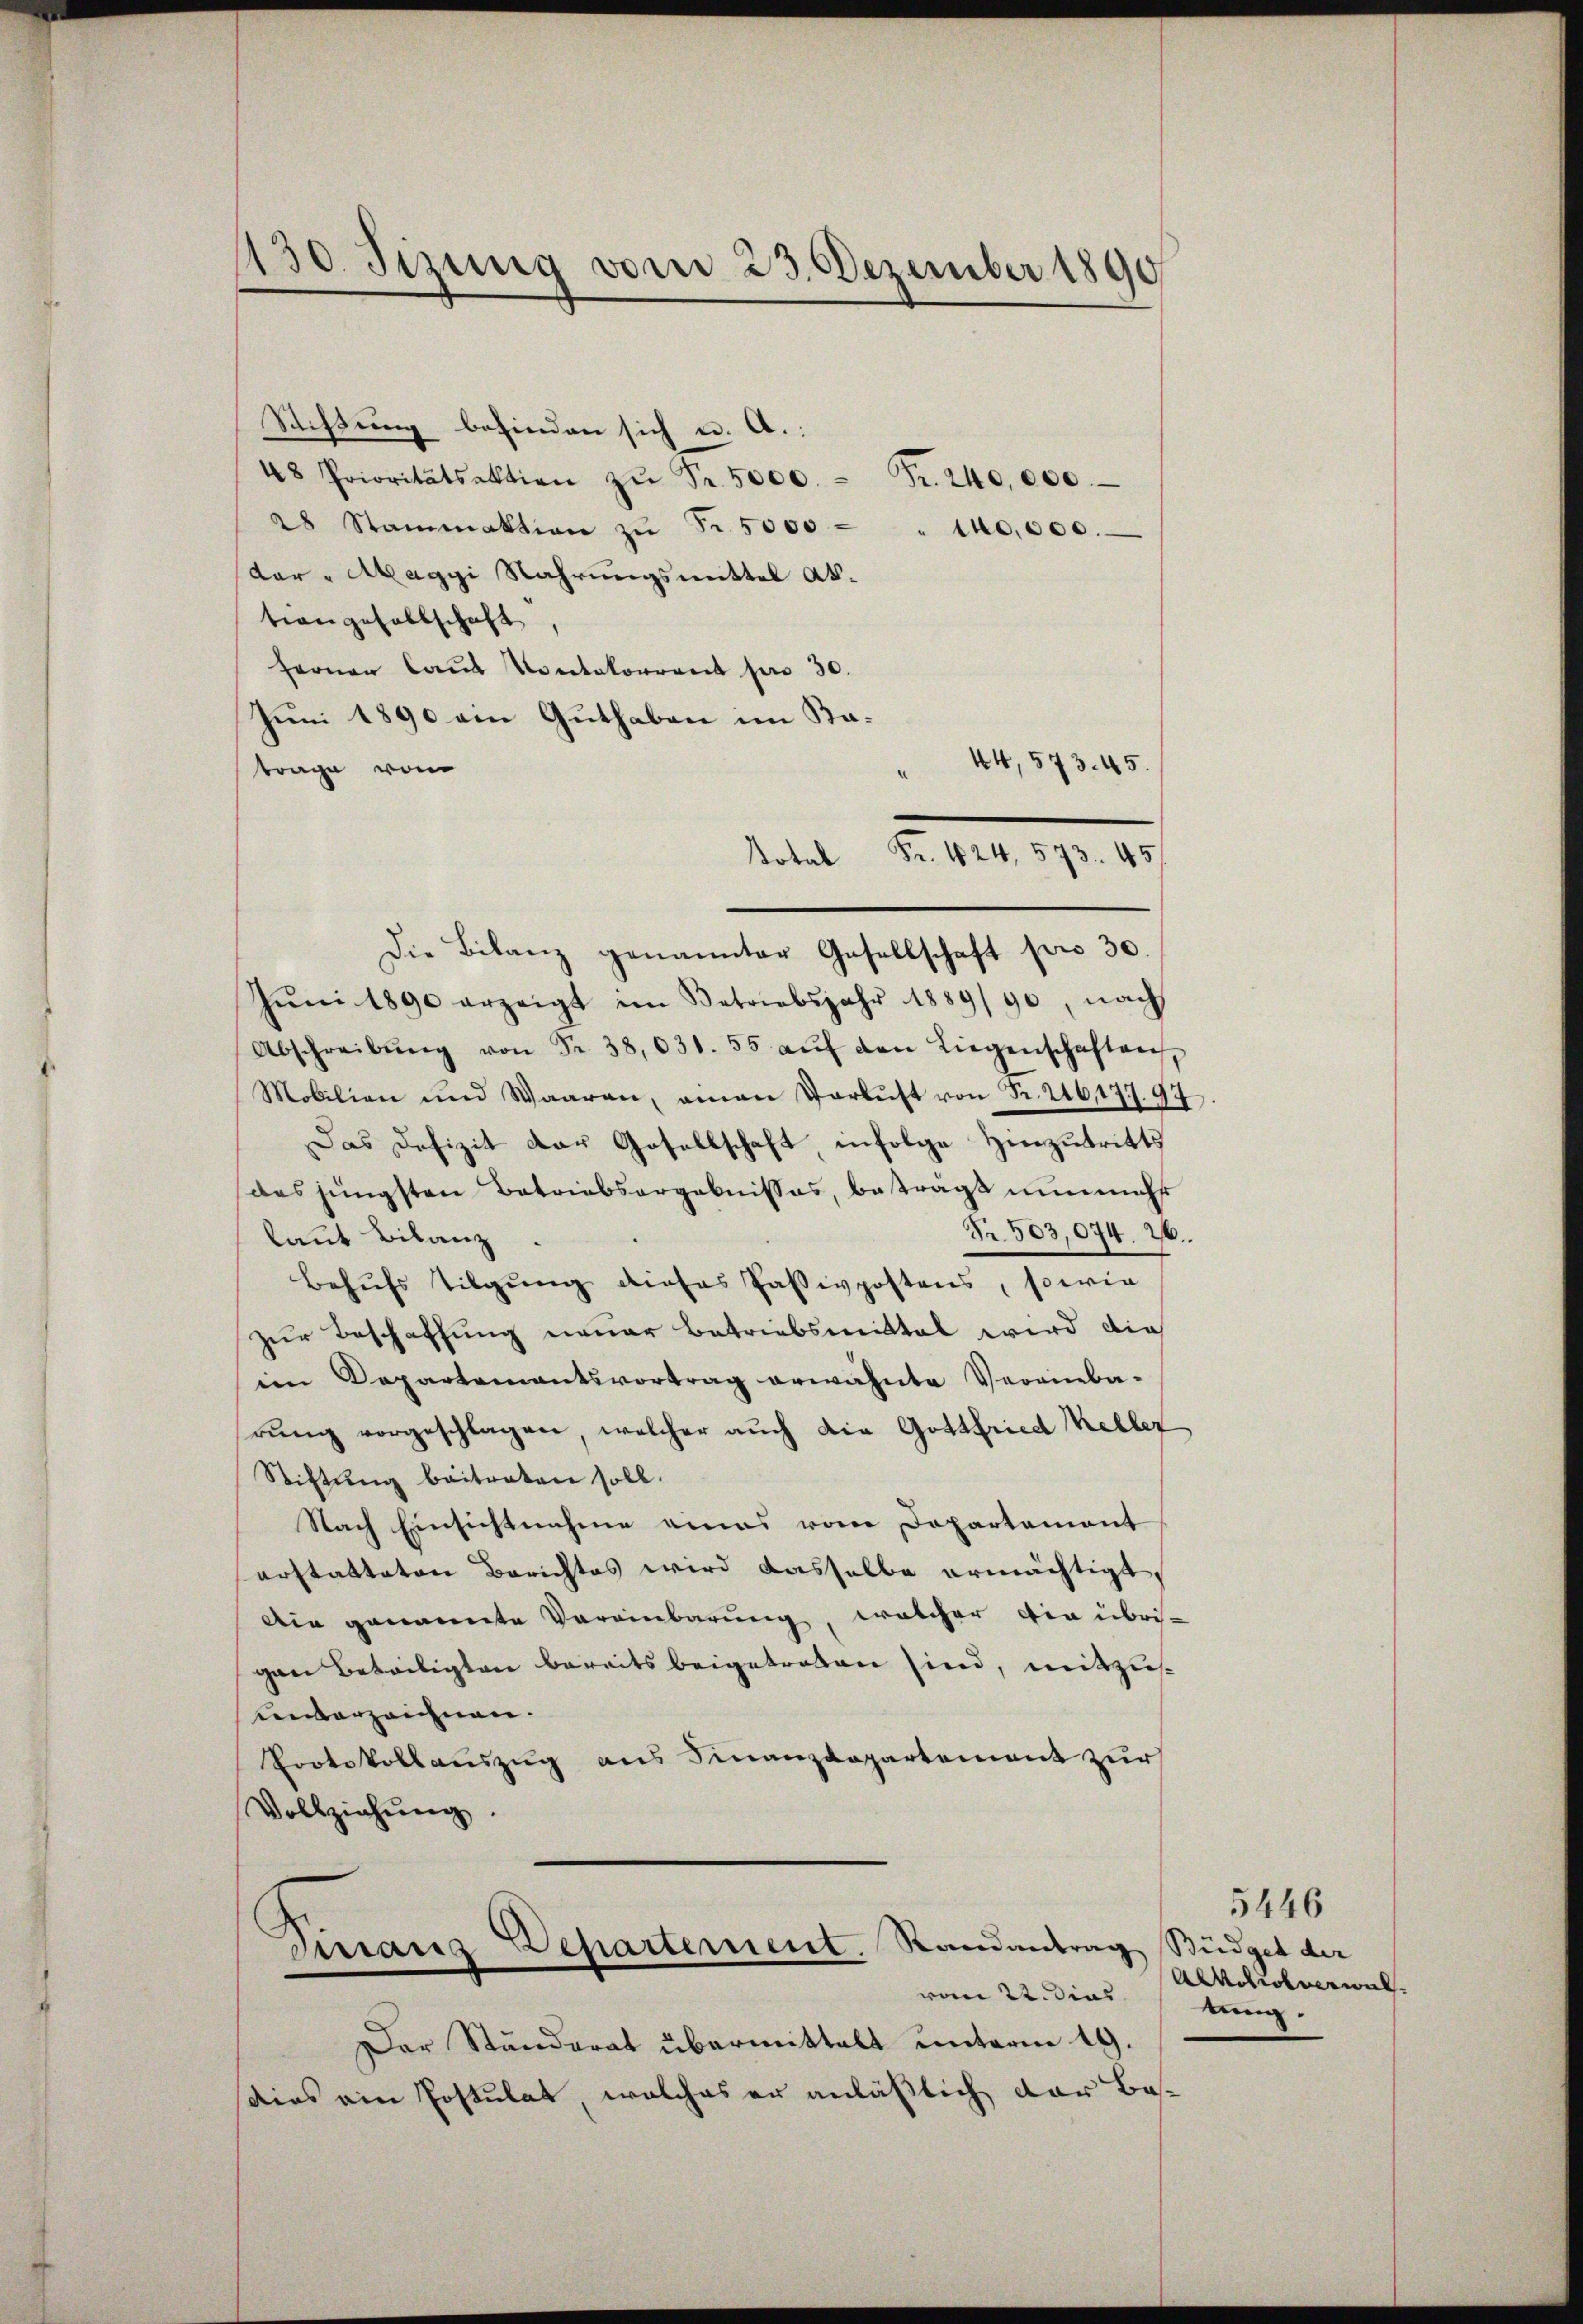
130. Sizung vom 23. Dezember 1890

Suchtung befinden sich u. A.:
48 Prioritätsaktion zŭ Fr. 5000 Fr. 240,000.
28 Stammaktion zŭ Fr. 5000 - " 10,000.
dar-Maggi Nahrungsmittel Abtion gesellschaft,
ferner laut Kontakorrent pro 30.
Juni 1890 ein Guthaben im Ka¬
44, 573. 45.
trage vom
Die Bilanz genannter Gesellschaft pro 30.
Jŭni 1890 erzeigt im Betriebsjahr 1889/90, nach
Abschreibŭng von Fr. 38,031. 55 aŭf den Liegenschaften,
Mobilien und Waaren, aman Varkŭst von Fr. 216,177. 97.
Das Defizit der Gesellschaft infolge Hinzutritts
das jüngsten Betriebsorgebnisses, beträgt nunmehr
Nr. 503,074. 26.
laut Bilanz
Behŭfs Tilgung dieses Passivpostens, sowie
zur Beschaffung neuer Betriebsmittal wird die
im Departementsvortrag erwähnte Vereinba-
rŭng vorgeschlagen, welcher auch die Gottfried Keller
Stiftung beitraten soll.
Nach Einsichtnahme eines vom Departement
erstatteten Berichtes wird dasselbe ermächtigt,
Die genannte Vereinbarung, welcher die übri-
gaen Beteiligten bereits beigetreten sind, mitzusunterzeichnen.
Protokollauszug aus Finanzdepartement zur
Vollziehŭng.

otal Fr. 424, 573. 457

Der Ständerat übermittelt unterm 19.
sdias ein Postulat, welches er anläßlich der Bes¬

Firranz Departement. Randantrag Stüdget der
vom 22. dies

5446
Alkoholwal
tung.